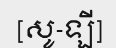
[សូ-ឡី]